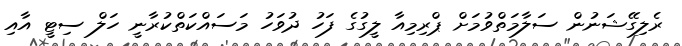
ރެލިގޭޝަނުން ސަލާމަތްވުމަށް ޕްރިމިއާ ލީގުގެ ފަހު ދުވަހު މަސައްކަތްކުރާނީ ހަލް ސިޓީ އާއި